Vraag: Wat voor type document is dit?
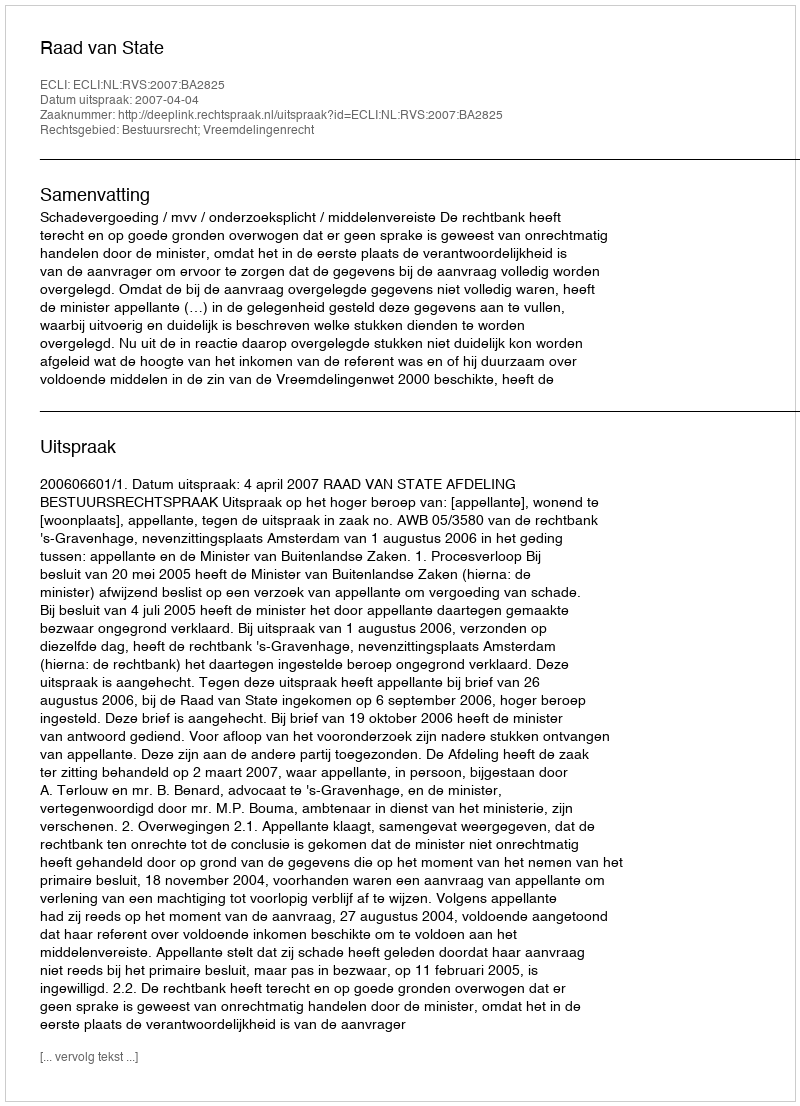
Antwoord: Uitspraak